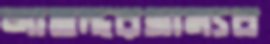
আছদ্দরগ্রাম্যব